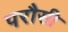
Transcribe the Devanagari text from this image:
परौसी